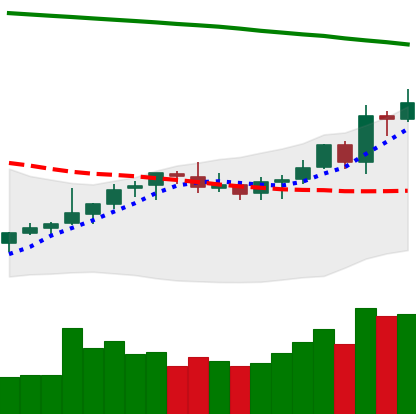
Ticker: LTC-USD
Chart end date: 2021-08-11
Forward return: 4.633%
Label: up_3_5